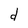
Character: d